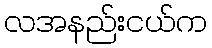
လအနည်းငယ်က